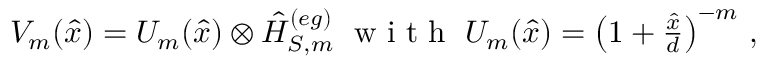
\begin{array} { r } { V _ { m } ( \hat { x } ) = U _ { m } ( \hat { x } ) \otimes \hat { H } _ { S , m } ^ { ( e g ) } \; \mathrm { ~ w ~ i ~ t ~ h ~ } \; U _ { m } ( \hat { x } ) = \left( 1 + \frac { \hat { x } } { d } \right) ^ { - m } \, , } \end{array}